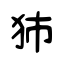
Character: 犻